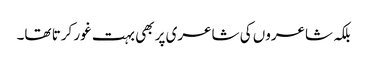
بلکہ شاعروں کی شاعری پر بھی بہت غور کرتا تھا۔